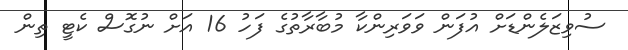
ސުވިޒަލެންޑަށް އުފަން ވަވަރިންކާ މުބާރާތުގެ ފަހު 16 އަށް ނުގޮސް ކެޓީ ތިން